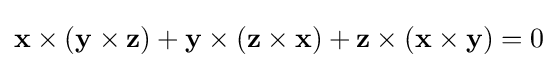
\mathbf {x} \times (\mathbf {y} \times \mathbf {z} )+\mathbf {y} \times (\mathbf {z} \times \mathbf {x} )+\mathbf {z} \times (\mathbf {x} \times \mathbf {y} )=0